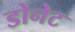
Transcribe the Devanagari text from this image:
डोनेट